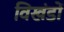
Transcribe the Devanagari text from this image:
विखंडों